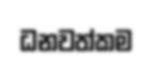
ධනවත්කම